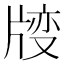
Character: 𱭝